Annual report of the Bengal Veterinary College and of the Civil Veterinary Department, Bengal, for the year 1909-1910 - 1909-1910
Year: 1909
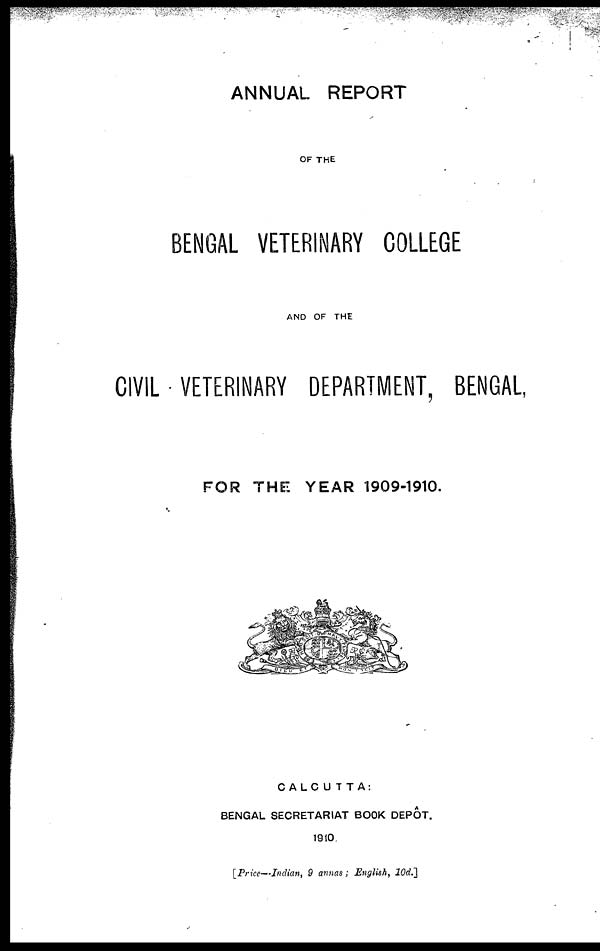
ANNUAL REPORT
OF THE
BENGAL VETERINARY COLLEGE
AND OF THE
CIVIL VETERINARY DEPARTMENT, BENGAL,
FOR THE YEAR 1909-1910.
CALCUTTA:
BENGAL SECRETARIAT BOOK DEPOT.
1910.
[Price—Indian, 9 annas; English, 10d.]